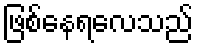
ဖြစ်နေရလေသည်